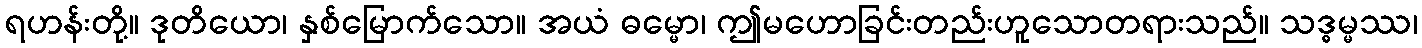
ရဟန်းတို့။ ဒုတိယော၊ နှစ်မြောက်သော။ အယံ ဓမ္မော၊ ဤမဟောခြင်းတည်းဟူသောတရားသည်။ သဒ္ဓမ္မဿ၊